system: You are a helpful assistant.
user:
Analyze the provided spectrum to determine if it is a **Carbon Star (C-type)**.

- **Key Visual Indicators of Carbon Star:**
    - **(Primary):** Strong molecular absorption from **C₂ (diatomic carbon) "Swan Bands."** This is the **defining feature** of a carbon star.
        - **(Key Bandheads):** Sharp absorption edges are visible at approximately $5635$ Å, $5165$ Å (the strongest band), and $4737$ Å.
        - **(Line Profile):** Creates a distinct **"saw-tooth"** pattern. The key morphology is a sharp, steep bandhead on the **red (long-wavelength) side**, which then gradually tapers off (i.e., flux recovers) towards the **blue (short-wavelength) side**. *(This is the direct opposite of the TiO bands seen in M-type stars)*.

    - **(Secondary):** Intense **CN (cyanogen)** molecular absorption bands.
        - **(Key Bandheads):** Located in the blue and violet regions of the spectrum (e.g., near $4215$ Å and $3883$ Å).
        - **(Morphology):** These bands are extremely broad and act as a "blanket," absorbing the vast majority of blue and violet light. This creates a characteristic **"cliff"** or **"steep drop-off"** in the spectrum's flux at short wavelengths.

    - **(Key Confirmation):** Strong **CH absorption band (G-band)**.
        - **(Key Bandhead):** Located around $4300$ Å. The contribution from CH molecules to this band is exceptionally strong.

    - **(Overall Spectrum):**
        - The continuum is severely "chopped up" by these deep molecular bands, especially C₂, rather than appearing as a smooth curve.
        - Due to the heavy CN and C₂ absorption in the blue-green, the vast majority of the star's flux is concentrated in the red part of the spectrum, giving the star its characteristic deep red color.

Think first, call **spectral_visualization_tool** if needed to examine features in detail, then provide your final answer. Your response must adhere to the following strict rules:
1.  **Overall Structure:** Your response must follow the format `<think>...</think> <tool_call>...</tool_call> (if a tool is used) <answer>...</answer>`.
2.  **Tool Usage Constraint:** You may only make **one** tool call per turn.
3.  **Final Answer Format:** In the `<answer>` tag, your conclusion must be inside a `\boxed{}` command (e.g., `\boxed{YES}`), followed by your justification.

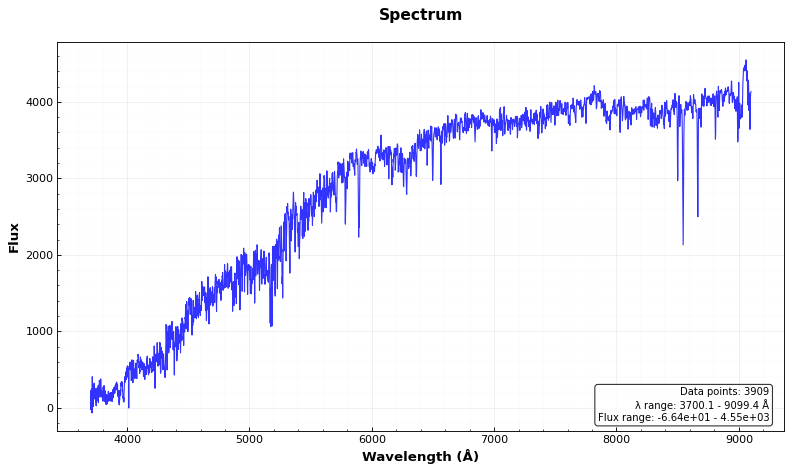
Answer: NO